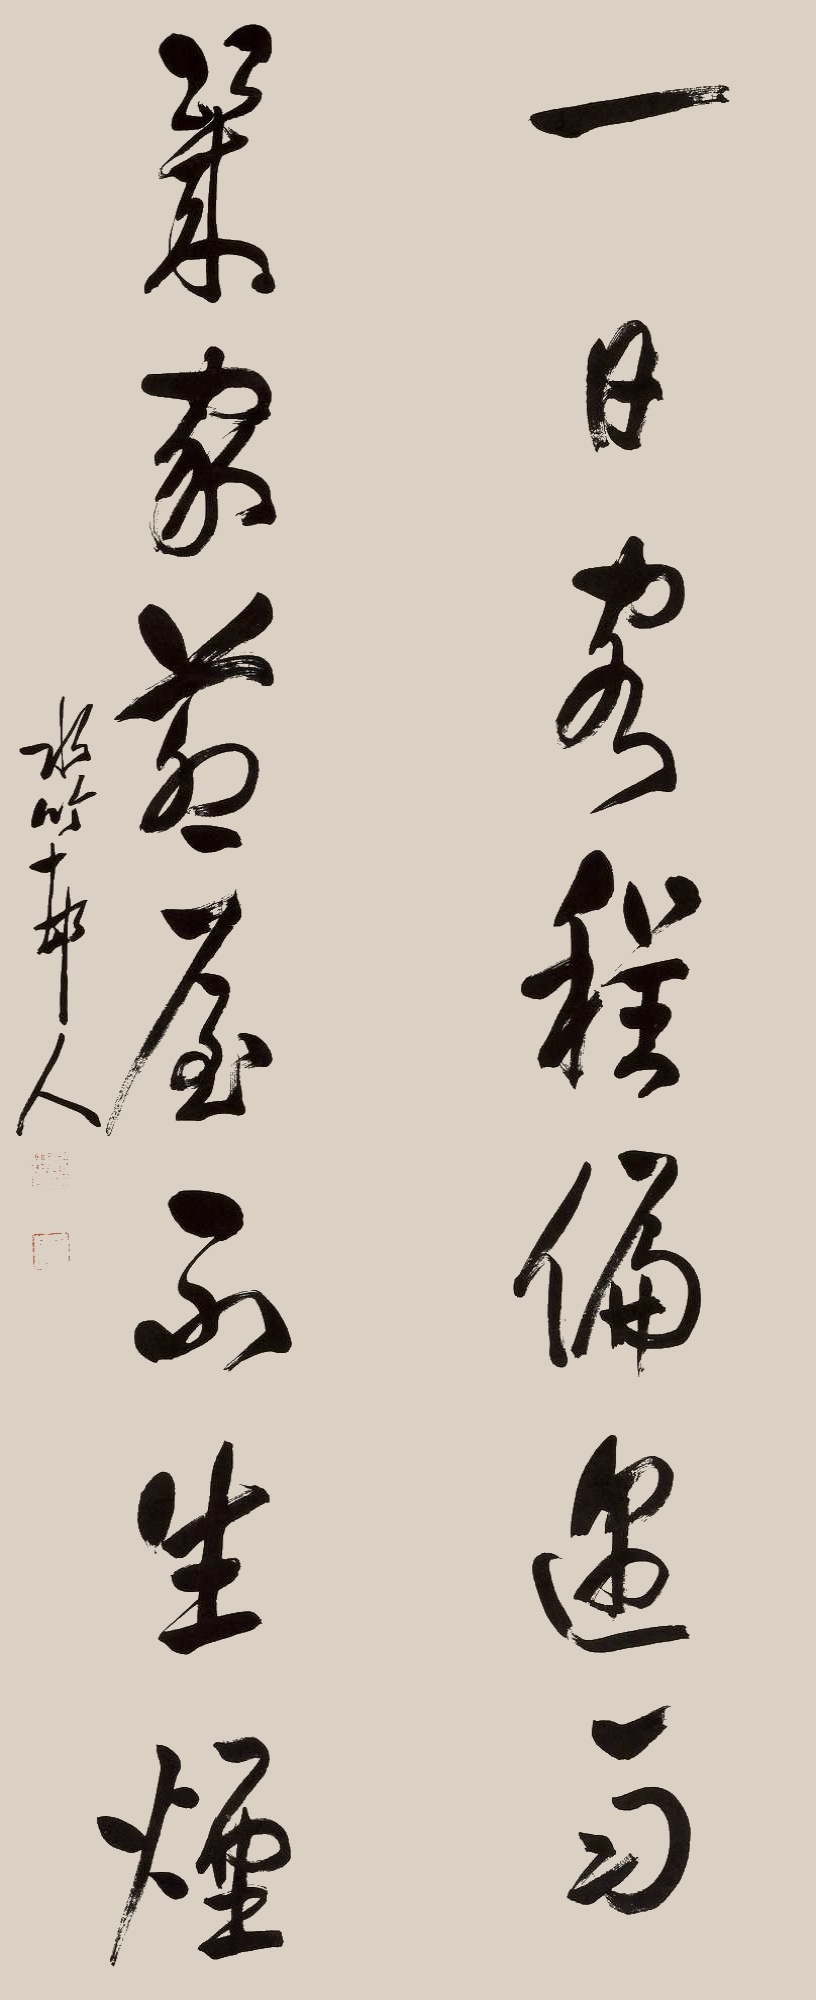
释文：一日客程偏遇雨，几家茅屋不生烟。水竹邨人。